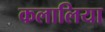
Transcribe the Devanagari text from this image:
कलालिया